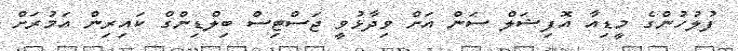
ފުލުހުންގެ މީޑިއާ އޮފިޝަލް ސަން އަށް ވިދާޅުވީ ޖަސްޓިސް ބިލްޑިންގް ކައިރިން އަމުރަށް